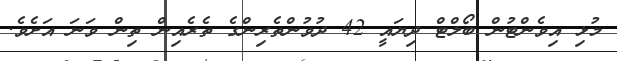
މުޅި އިވެންޓުން ބޯލްޓް ދިޔައީ 42 ދުވުންތެރިންގެ ތެރެއިން ތިން ވަނަ އަށެވެ.